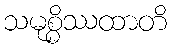
သမုစ္စိဿထာတိ